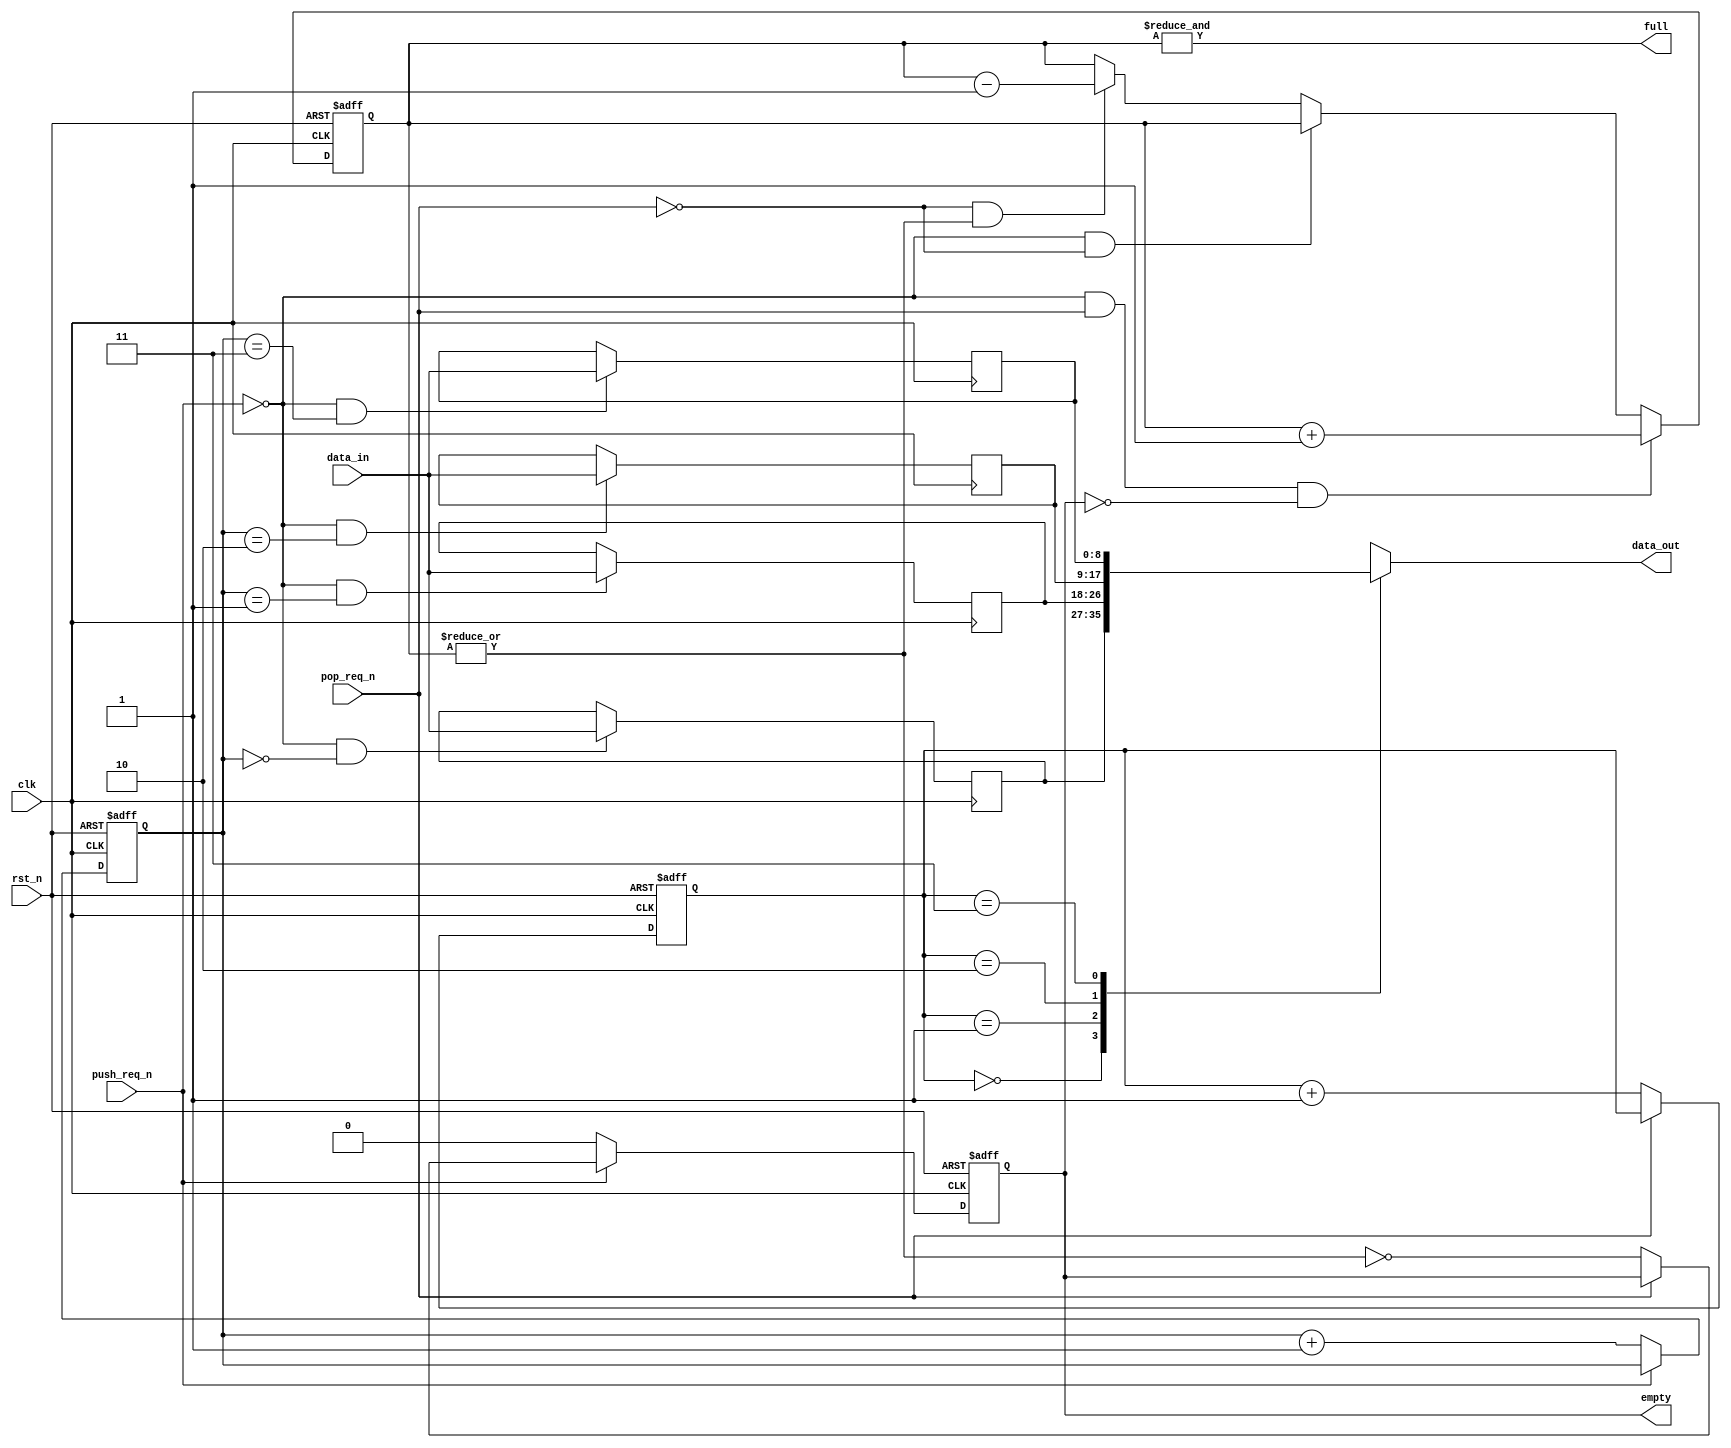
// Copyright (C) 2019-2022, Universit catholique de Louvain (UCLouvain, Belgium), University of Zrich (UZH, Switzerland),
//         Katholieke Universiteit Leuven (KU Leuven, Belgium), and Delft University of Technology (TU Delft, Netherlands).
// SPDX-License-Identifier: Apache-2.0 WITH SHL-2.1
//
// Licensed under the Solderpad Hardware License v 2.1 (the License); you may not use this file except in compliance
// with the License, or, at your option, the Apache License version 2.0. You may obtain a copy of the License at
// https://solderpad.org/licenses/SHL-2.1/
//
// Unless required by applicable law or agreed to in writing, any work distributed under the License is distributed on
// an AS IS BASIS, WITHOUT WARRANTIES OR CONDITIONS OF ANY KIND, either express or implied. See the License for the
// specific language governing permissions and limitations under the License.
//
//------------------------------------------------------------------------------
//
// "fifo.v" - Scheduler FIFO module
// 
// Project: tinyODIN - A low-cost digital spiking neuromorphic processor adapted from ODIN.
//
//
// Cite/paper: C. Frenkel, M. Lefebvre, J.-D. Legat and D. Bol, "A 0.086-mm 12.7-pJ/SOP 64k-Synapse 256-Neuron Online-Learning
//             Digital Spiking Neuromorphic Processor in 28-nm CMOS," IEEE Transactions on Biomedical Circuits and Systems,
//             vol. 13, no. 1, pp. 145-158, 2019.
//
//------------------------------------------------------------------------------


module fifo #(
	parameter width      = 9,
    parameter depth      = 4,
    parameter depth_addr = 2
)(
    input  wire              clk,
    input  wire              rst_n,
    input  wire              push_req_n,
    input  wire              pop_req_n,
    input  wire [width-1: 0] data_in,
    output reg               empty,
    output wire              full,
    output wire [width-1: 0] data_out
);
  
    reg [width-1:0] mem [0:depth-1]; 

    reg [depth_addr-1:0] write_ptr;
    reg [depth_addr-1:0] read_ptr;
    reg [depth_addr-1:0] fill_cnt;

    genvar i;



    always @(posedge clk, negedge rst_n) begin
        if (!rst_n)
            write_ptr <= 2'b0;
        else if (!push_req_n)
            write_ptr <= write_ptr + {{(depth_addr-1){1'b0}},1'b1};
        else
            write_ptr <= write_ptr;
    end

    always @(posedge clk, negedge rst_n) begin
        if (!rst_n)
            read_ptr <= 2'b0;
        else if (!pop_req_n)
            read_ptr <= read_ptr + {{(depth_addr-1){1'b0}},1'b1};
        else
            read_ptr <= read_ptr;
    end

    always @(posedge clk, negedge rst_n) begin
        if (!rst_n)
            fill_cnt <= 2'b0;
        else if (!push_req_n && pop_req_n && !empty)
            fill_cnt <= fill_cnt + {{(depth_addr-1){1'b0}},1'b1};
        else if (!push_req_n && !pop_req_n)
            fill_cnt <= fill_cnt;
        else if (!pop_req_n && |fill_cnt)
            fill_cnt <= fill_cnt - {{(depth_addr-1){1'b0}},1'b1};
        else
            fill_cnt <= fill_cnt;
    end

    always @(posedge clk, negedge rst_n) begin
        if (!rst_n)
            empty <= 1'b1;
        else if (!push_req_n)
            empty <= 1'b0;
        else if (!pop_req_n)
            empty <= ~|fill_cnt; 
    end

    assign full  =  &fill_cnt;


    generate

        for (i=0; i<depth; i=i+1) begin
            
            always @(posedge clk) begin
                if (!push_req_n && (write_ptr == i))
                    mem[i] <= data_in;
                else 
                    mem[i] <= mem[i];
            end
            
        end
        
    endgenerate

    assign data_out = mem[read_ptr];


endmodule